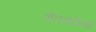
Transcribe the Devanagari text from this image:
पोलअराइज़र